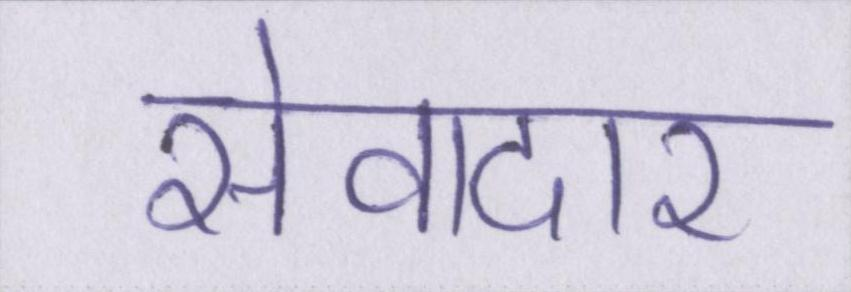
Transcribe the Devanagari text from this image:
सेवादार